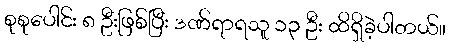
စုစုပေါင်း ၈ ဦးဖြစ်ပြီး ဒဏ်ရာရသူ ၁၃ ဦး ထိရှိခဲ့ပါတယ်။